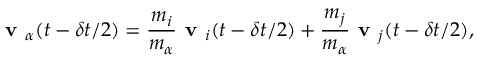
\textbf { v } _ { \alpha } ( t - \delta t / 2 ) = \frac { m _ { i } } { m _ { \alpha } } \textbf { v } _ { i } ( t - \delta t / 2 ) + \frac { m _ { j } } { m _ { \alpha } } \textbf { v } _ { j } ( t - \delta t / 2 ) ,